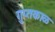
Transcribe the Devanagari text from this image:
गुप्तकाळ